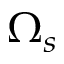
\Omega _ { s }